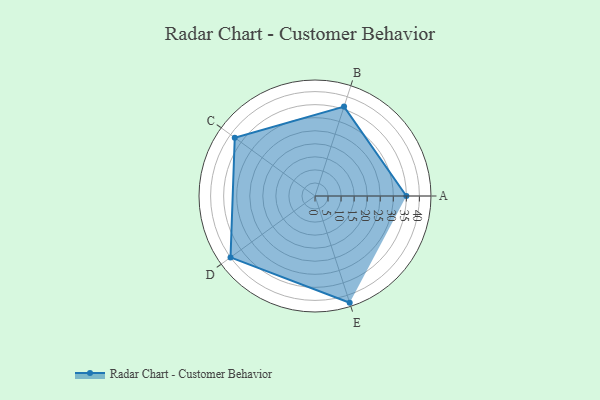
{"axis": {"x": "Skill", "y": "Score"}, "legend": ["Profile"], "data": [{"x": "A", "y": 35.0, "type": "Profile"}, {"x": "B", "y": 36.0, "type": "Profile"}, {"x": "C", "y": 38.0, "type": "Profile"}, {"x": "D", "y": 40.0, "type": "Profile"}, {"x": "E", "y": 43.0, "type": "Profile"}]}